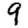
Digit: 9